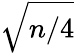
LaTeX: \sqrt{n/4}